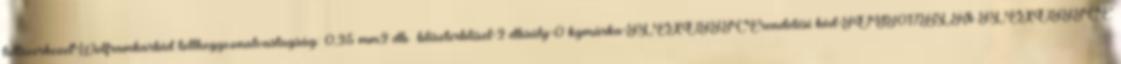
tollszerkezetWolframkarbid tollhegyvonalvastagság: 0,25 mm2 db bliszterbliszt=2 dbsúly=0 kgmárka=FLEXOFFICErendelési kód=FOGT017BLKk FLEXOFFICE